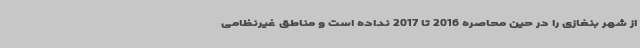
از شهر بنغازی را در حین محاصره 2016 تا 2017 نداده است و مناطق غیرنظامی